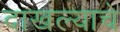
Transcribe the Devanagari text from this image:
दाखल्याचे